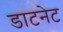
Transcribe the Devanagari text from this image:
डाटनेट